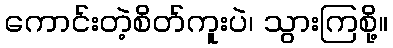
ကောင်းတဲ့စိတ်ကူးပဲ၊ သွားကြစို့။